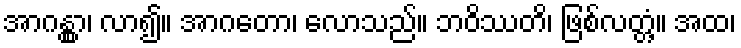
အာဂန္တွာ၊ လာ၍။ အာဂတော၊ လောသည်။ ဘဝိဿတိ၊ ဖြစ်လတ္တံ့။ အထ၊